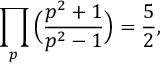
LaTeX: \prod _ { p } { \Big ( } { \frac { p ^ { 2 } + 1 } { p ^ { 2 } - 1 } } { \Big ) } = { \frac { 5 } { 2 } } ,